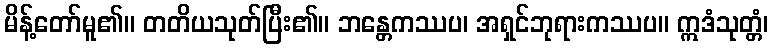
မိန့်တော်မူ၏။ တတိယသုတ်ပြီး၏။ ဘန္တေကဿပ၊ အရှင်ဘုရားကဿပ။ ဣဒံသုတ္တံ၊